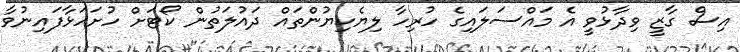
އިސް ގާޒީ ވިދާޅުވީ އެ މައްސަލައިގެ ހުރިހާ ލިޔެކިޔުންތައް ދައުލަތުން ކޯޓަށް ހުށަހަޅާފައިނުވާ